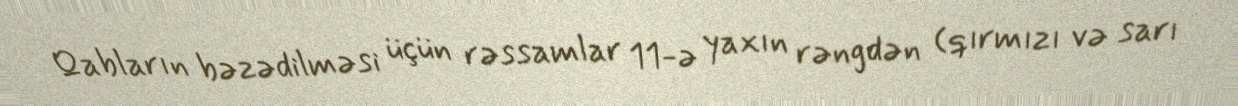
Qabların bəzədilməsi üçün rəssamlar 11-ə yaxın rəngdən (qırmızı və sarı